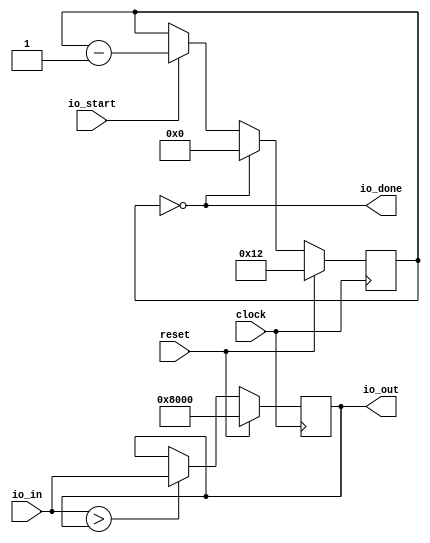
/* verilator lint_off VARHIDDEN */

module MAX(
  input         clock,
  input         reset,
  input         io_start,
  input  [15:0] io_in,
  output        io_done,
  output [15:0] io_out
);
`ifdef RANDOMIZE_REG_INIT
  reg [31:0] _RAND_0;
  reg [31:0] _RAND_1;
`endif // RANDOMIZE_REG_INIT
  reg [15:0] max; // @[SWChisel.scala 122:20]
  reg [4:0] counter; // @[SWChisel.scala 133:24]
  wire [4:0] _counter_T_1 = counter - 5'h1; // @[SWChisel.scala 135:24]
  assign io_done = counter == 5'h0; // @[SWChisel.scala 141:17]
  assign io_out = max; // @[SWChisel.scala 123:10]
  always @(posedge clock) begin
    if (reset) begin // @[SWChisel.scala 122:20]
      max <= 16'sh8000; // @[SWChisel.scala 122:20]
    end else if ($signed(io_in) > $signed(max)) begin // @[SWChisel.scala 126:22]
      max <= io_in; // @[SWChisel.scala 127:9]
    end
    if (reset) begin // @[SWChisel.scala 133:24]
      counter <= 5'h12; // @[SWChisel.scala 133:24]
    end else if (counter == 5'h0) begin // @[SWChisel.scala 141:26]
      counter <= 5'h0; // @[SWChisel.scala 143:13]
    end else if (io_start) begin // @[SWChisel.scala 134:19]
      counter <= _counter_T_1; // @[SWChisel.scala 135:13]
    end
  end
// Register and memory initialization
`ifdef RANDOMIZE_GARBAGE_ASSIGN
`define RANDOMIZE
`endif
`ifdef RANDOMIZE_INVALID_ASSIGN
`define RANDOMIZE
`endif
`ifdef RANDOMIZE_REG_INIT
`define RANDOMIZE
`endif
`ifdef RANDOMIZE_MEM_INIT
`define RANDOMIZE
`endif
`ifndef RANDOM
`define RANDOM $random
`endif
`ifdef RANDOMIZE_MEM_INIT
  integer initvar;
`endif
`ifndef SYNTHESIS
`ifdef FIRRTL_BEFORE_INITIAL
`FIRRTL_BEFORE_INITIAL
`endif
initial begin
  `ifdef RANDOMIZE
    `ifdef INIT_RANDOM
      `INIT_RANDOM
    `endif
    `ifndef VERILATOR
      `ifdef RANDOMIZE_DELAY
        #`RANDOMIZE_DELAY begin end
      `else
        #0.002 begin end
      `endif
    `endif
`ifdef RANDOMIZE_REG_INIT
  _RAND_0 = {1{`RANDOM}};
  max = _RAND_0[15:0];
  _RAND_1 = {1{`RANDOM}};
  counter = _RAND_1[4:0];
`endif // RANDOMIZE_REG_INIT
  `endif // RANDOMIZE
end // initial
`ifdef FIRRTL_AFTER_INITIAL
`FIRRTL_AFTER_INITIAL
`endif
`endif // SYNTHESIS
endmodule